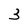
Character: 3